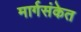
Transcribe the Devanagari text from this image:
मार्गसंकेत